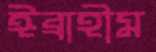
ঈব্রাহীম